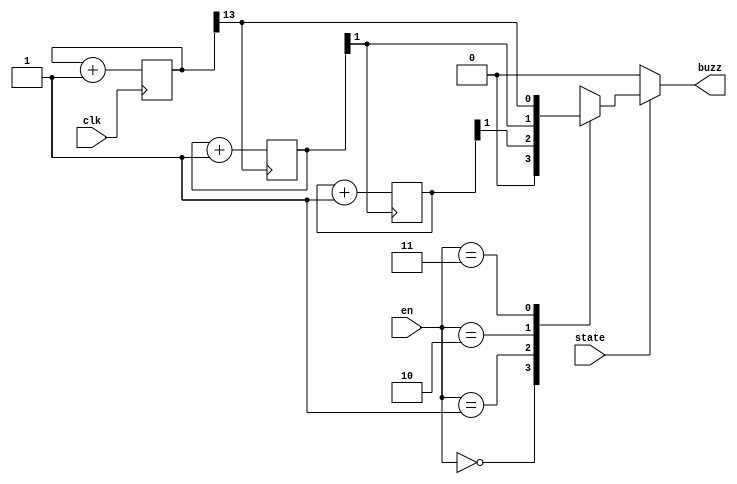
//buzzer ketika objek semakin dekat

module buzzer(state,en,clk,buzz);

`define dis 2'b00
`define low 2'b01
`define med 2'b10
`define hi 2'b11

parameter bitScaler1= 14;	//untuk intensitas tinggi 
parameter bitScaler2= 2;	//untuk intensitas menengah
parameter bitScaler3= 2;	//untuk intensitas rendah

input state;
input [1:0] en;
input clk;
output buzz;

wire prescale1;
wire prescale2;
reg buzz;

reg [bitScaler1-1:0] count=0;
reg [bitScaler2-1:0] count1=0;
reg [bitScaler3-1:0] count2=0;

assign prescale1= count[13];
assign prescale2= count1[1];

always @(posedge (clk))
	count<= count+1'b1;
	
always @(posedge (prescale1))
	count1<= count1+1'b1;
		
always @(posedge (prescale2))
	count2<= count2+1'b1;
	
always @(*)
	if(state==1'b1)
	begin
	case(en)
		`dis: buzz<= 1'b0;
		`low: buzz<= count2[1];
		`med: buzz<= count1[1];
		`hi: buzz<= count[13];
	endcase
	end else buzz<= 1'b0;
		
endmodule